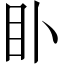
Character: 𥃨